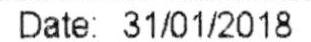
DATE: 31/01/2018